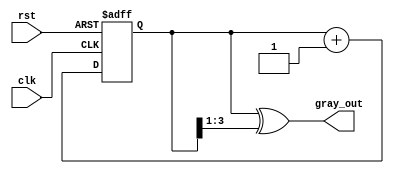
module gray_code_counter (
    input wire clk,           // Clock input
    input wire rst,           // Reset input
    output reg [3:0] gray_out // Output Gray code (4 bits)
);

    reg [3:0] bin_count;      // Internal binary count

    // Binary to Gray code conversion
    function [3:0] bin_to_gray;
        input [3:0] bin;
        begin
            bin_to_gray = bin ^ (bin >> 1);
        end
    endfunction

    // Always block for counter operation
    always @(posedge clk or posedge rst) begin
        if (rst) begin
            bin_count <= 4'b0000; // Reset binary count to 0
        end else begin
            bin_count <= bin_count + 1; // Increment binary count
        end
    end

    // Always block for Gray code output
    always @(bin_count) begin
        gray_out <= bin_to_gray(bin_count); // Convert binary to Gray code
    end

endmodule